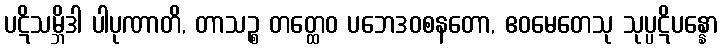
ပဋိသမ္ဘိဒါ ပါပုဏာတိ, တာသဉ္စ တတ္ထေဝ ပဘေဒဝစနတော, ဧဝမေတေသု သုပ္ပဋိပန္နော